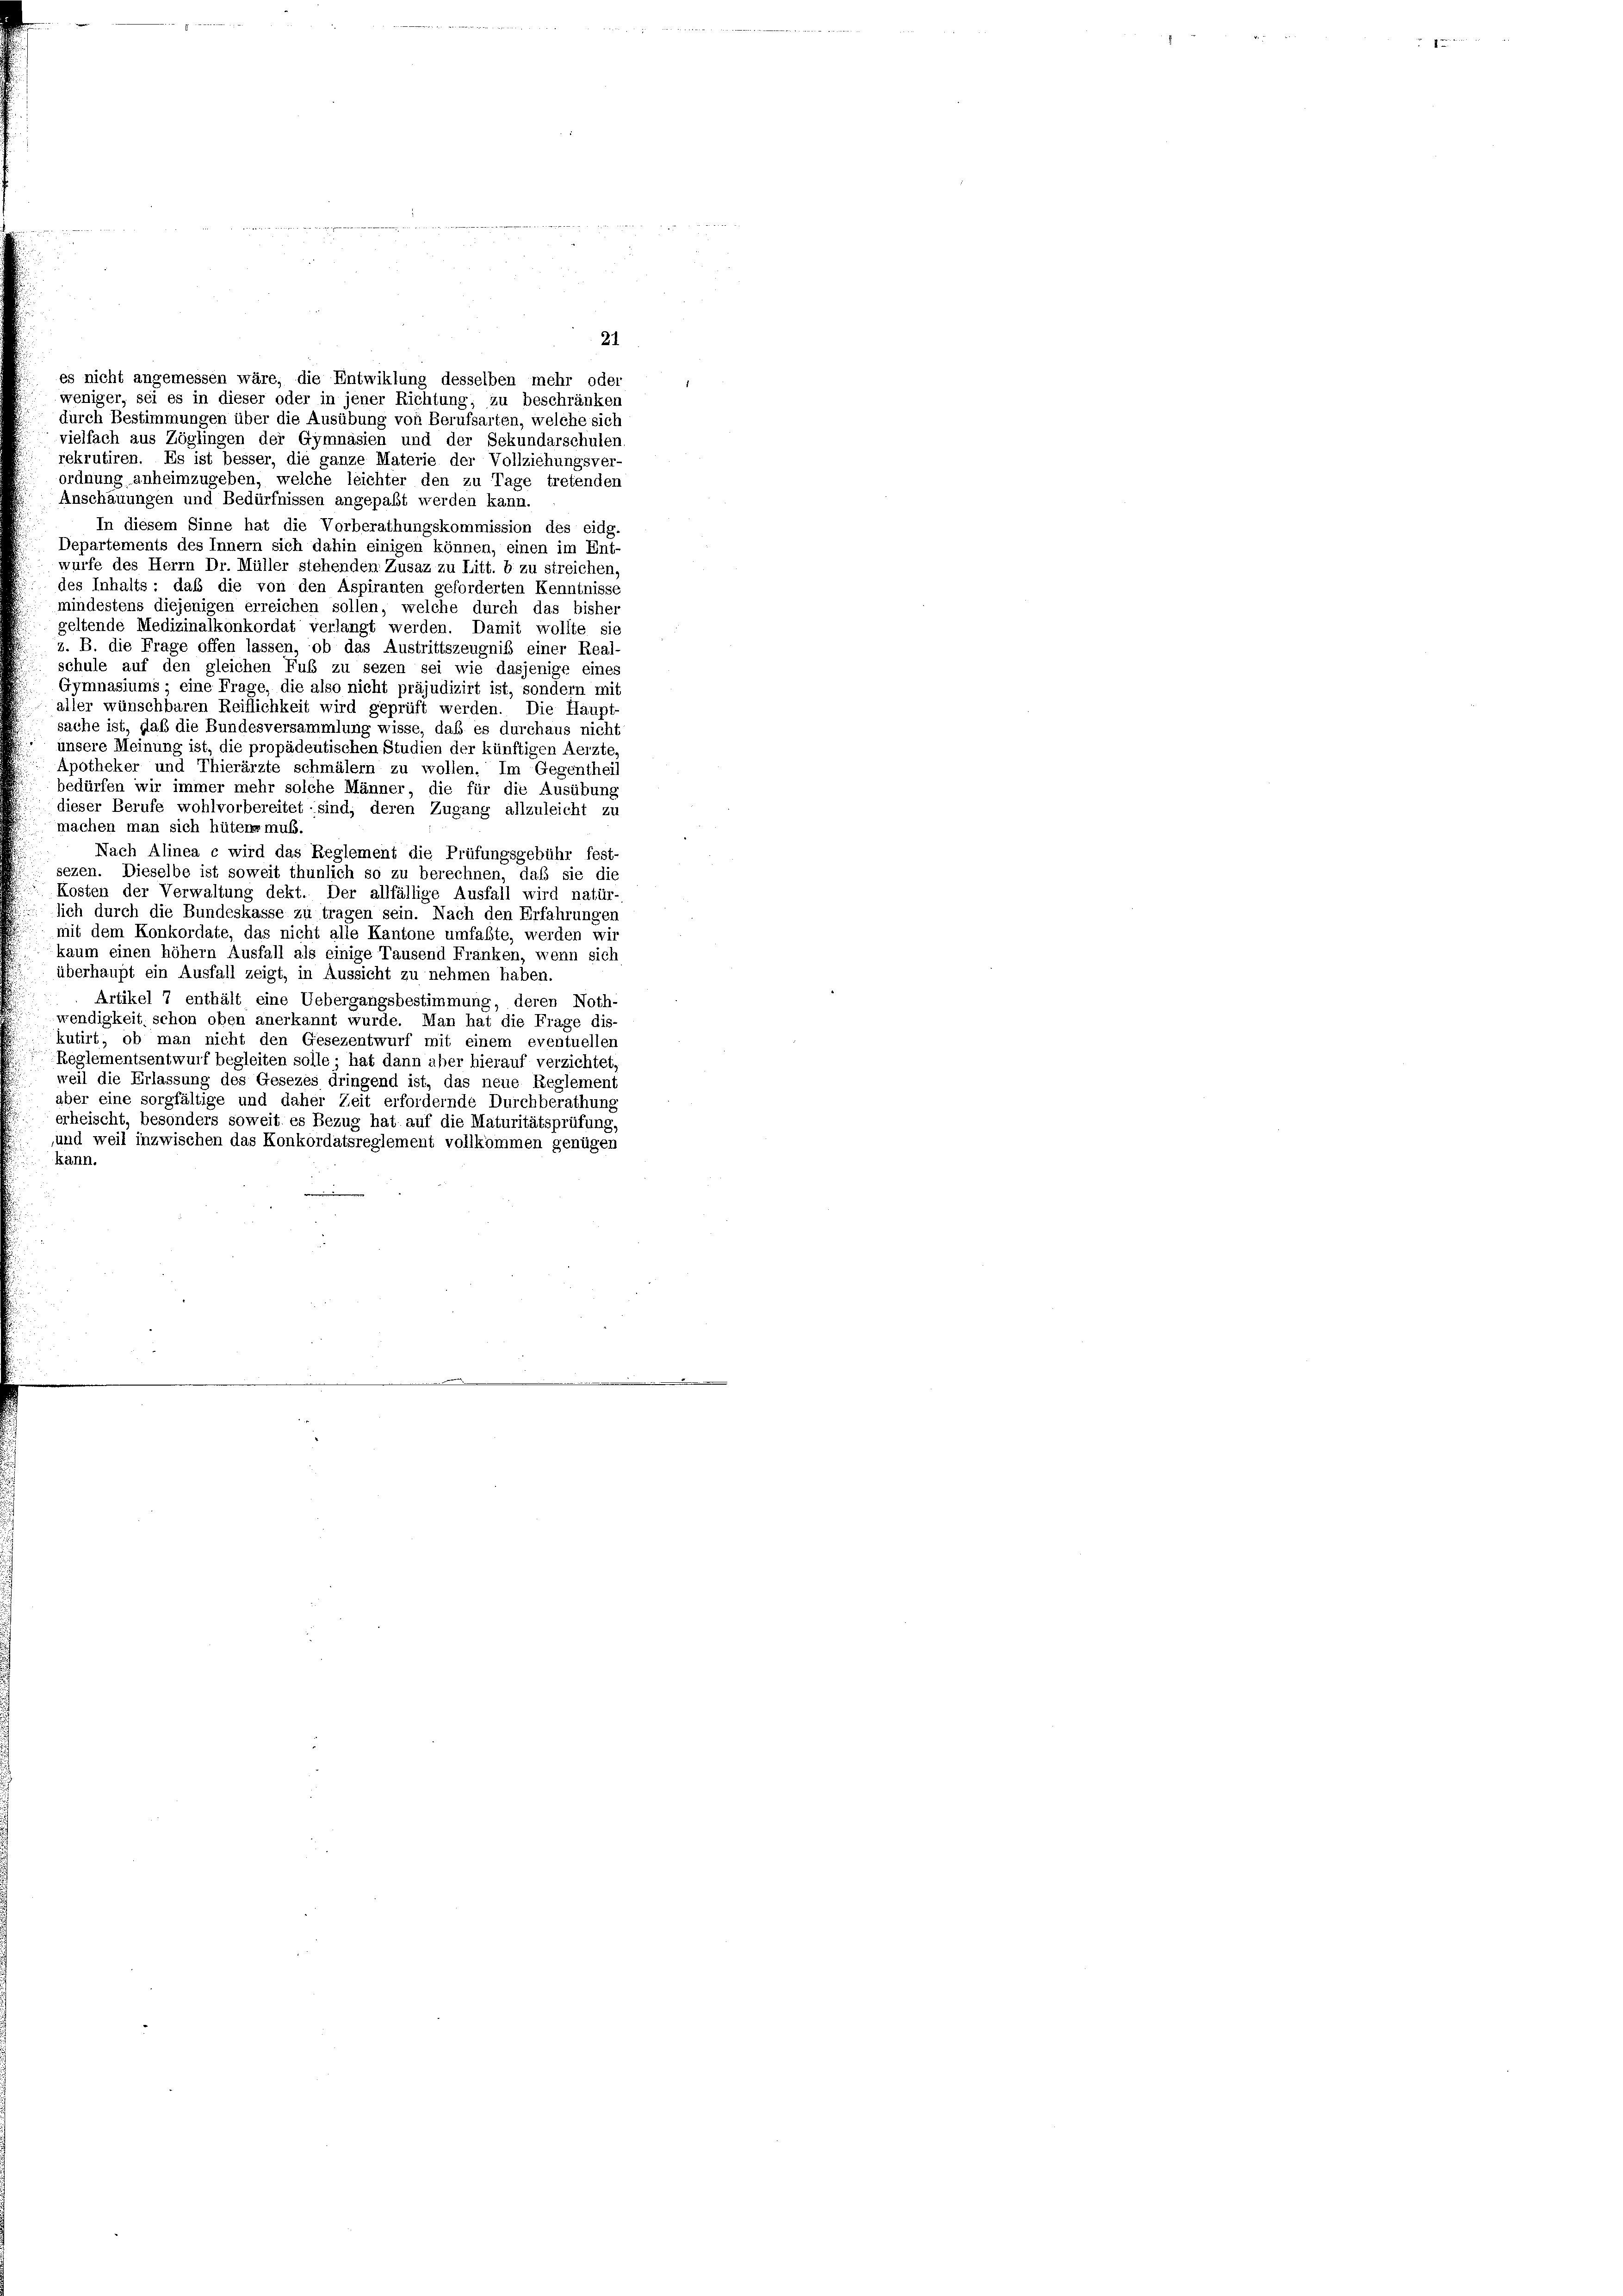
21
es nicht angemessen wäre, die Entwiklung desselben mehr oder
weniger, sei es in dieser oder in jener Richtung, zu beschränken
durch Bestimmungen über die Ausübung von Berufsarten, welche sich
vielfach aus Zöglingen der Gymnasien und der Sekundarschulen
rekrutiren. Es ist besser, die ganze Materie der Vollziehungsver
ordnung anheimzugeben, welche leichter den zu Tage tretenden
Anschauungen und Bedürfnissen angepaßt werden kann.
In diesem Sinne hat die Vorberathungskommission des eidg.
Departements des Innern sich dahin einigen können, einen im Ent
würfe des Herrn Dr. Müller stehenden Zusaz zu Litt. b zu streichen.
des Inhalts: daß die von den Aspiranten geforderten Kenntnisse
mindestens diejenigen erreichen sollen, welche durch das bisher
geltende Medizinalkonkordat verlangt werden. Damit wollte sie
z. B. die Frage offen lassen, ob das Austrittszeugniß einer Real-
schule auf den gleichen Fuß zu sezen sei wie dasjenige eines
Gymnasiums eine Frage, die also nicht präjudizirt ist, sondern mit
aller wünschbaren Reiflichkeit wird geprüft werden. Die Haupt
sache ist, daß die Bundesversammlung wisse, daß es durchaus nicht
unsere Meinung ist, die propädeutischen Studien der künftigen Aerzte,
Apotheker und Thierärzte schmälern zu wollen. Im Gegenthei
bedürfen wir immer mehr solche Männer, die für die Ausübung
dieser Berufe wohlvorbereitet sind; deren Zugang allzuleicht zu
machen man sich hütenz muß.
Nach Alinea c wird das Reglement die Prüfungsgebühr fest-
sezen. Dieselbe ist soweit thunlich so zu berechnen, daß sie die
Kosten der Verwaltung dekt. Der allfällige Ausfall wird natür-
lich durch die Bundeskasse zu tragen sein. Nach den Erfahrungen
mit dem Konkordate, das nicht alle Kantone umfaßte, werden wir
kaum einen höhem Ausfall als einige Tausend Franken, wenn sich
überhaupt ein Ausfall zeigt, in Aussicht zu nehmen haben.
Artikel 7 enthält eine Uebergangsbestimmung, deren Noth-
wendigkeit, schon oben anerkannt wurde. Man hat die Frage dis-
kutirt, ob man nicht den Gesezentwurf mit einem eventuellen
Reglementsentwurf begleiten solle; hat dann aber hierauf verzichtet
weil die Erlassung des Gesezes dringend ist, das neue Reglement
aber eine sorgfältige und daher Zeit erfordernde Durchberathung
erheischt, besonders soweit es Bezug hat auf die Maturitätsprüfung,
und weil inzwischen das Konkordatsreglement vollkommen genügen
kann.